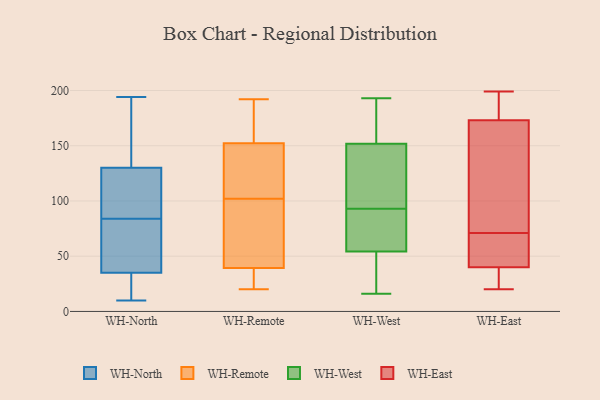
{"axis": {"x": "Gross Profit (USD K)", "y": "Value"}, "legend": ["WH-East", "WH-North", "WH-Remote", "WH-West"], "data": [{"x": "", "y": 72, "type": "WH-North"}, {"x": "", "y": 41, "type": "WH-North"}, {"x": "", "y": 83, "type": "WH-North"}, {"x": "", "y": 119, "type": "WH-North"}, {"x": "", "y": 28, "type": "WH-North"}, {"x": "", "y": 164, "type": "WH-North"}, {"x": "", "y": 119, "type": "WH-North"}, {"x": "", "y": 141, "type": "WH-North"}, {"x": "", "y": 10, "type": "WH-North"}, {"x": "", "y": 17, "type": "WH-North"}, {"x": "", "y": 85, "type": "WH-North"}, {"x": "", "y": 116, "type": "WH-North"}, {"x": "", "y": 25, "type": "WH-North"}, {"x": "", "y": 83, "type": "WH-North"}, {"x": "", "y": 188, "type": "WH-North"}, {"x": "", "y": 29, "type": "WH-North"}, {"x": "", "y": 145, "type": "WH-North"}, {"x": "", "y": 76, "type": "WH-North"}, {"x": "", "y": 194, "type": "WH-North"}, {"x": "", "y": 86, "type": "WH-North"}, {"x": "", "y": 43, "type": "WH-Remote"}, {"x": "", "y": 124, "type": "WH-Remote"}, {"x": "", "y": 69, "type": "WH-Remote"}, {"x": "", "y": 171, "type": "WH-Remote"}, {"x": "", "y": 146, "type": "WH-Remote"}, {"x": "", "y": 129, "type": "WH-Remote"}, {"x": "", "y": 102, "type": "WH-Remote"}, {"x": "", "y": 28, "type": "WH-Remote"}, {"x": "", "y": 182, "type": "WH-Remote"}, {"x": "", "y": 20, "type": "WH-Remote"}, {"x": "", "y": 25, "type": "WH-Remote"}, {"x": "", "y": 192, "type": "WH-Remote"}, {"x": "", "y": 79, "type": "WH-Remote"}, {"x": "", "y": 85, "type": "WH-West"}, {"x": "", "y": 83, "type": "WH-West"}, {"x": "", "y": 190, "type": "WH-West"}, {"x": "", "y": 43, "type": "WH-West"}, {"x": "", "y": 67, "type": "WH-West"}, {"x": "", "y": 193, "type": "WH-West"}, {"x": "", "y": 146, "type": "WH-West"}, {"x": "", "y": 58, "type": "WH-West"}, {"x": "", "y": 169, "type": "WH-West"}, {"x": "", "y": 113, "type": "WH-West"}, {"x": "", "y": 107, "type": "WH-West"}, {"x": "", "y": 16, "type": "WH-West"}, {"x": "", "y": 189, "type": "WH-West"}, {"x": "", "y": 125, "type": "WH-West"}, {"x": "", "y": 35, "type": "WH-West"}, {"x": "", "y": 25, "type": "WH-West"}, {"x": "", "y": 93, "type": "WH-West"}, {"x": "", "y": 61, "type": "WH-East"}, {"x": "", "y": 120, "type": "WH-East"}, {"x": "", "y": 20, "type": "WH-East"}, {"x": "", "y": 65, "type": "WH-East"}, {"x": "", "y": 67, "type": "WH-East"}, {"x": "", "y": 26, "type": "WH-East"}, {"x": "", "y": 40, "type": "WH-East"}, {"x": "", "y": 25, "type": "WH-East"}, {"x": "", "y": 193, "type": "WH-East"}, {"x": "", "y": 173, "type": "WH-East"}, {"x": "", "y": 31, "type": "WH-East"}, {"x": "", "y": 180, "type": "WH-East"}, {"x": "", "y": 59, "type": "WH-East"}, {"x": "", "y": 99, "type": "WH-East"}, {"x": "", "y": 185, "type": "WH-East"}, {"x": "", "y": 199, "type": "WH-East"}, {"x": "", "y": 75, "type": "WH-East"}, {"x": "", "y": 128, "type": "WH-East"}]}